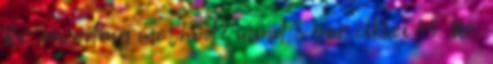
Re: encoding method? mind 8 sor cikkei 45. Re: